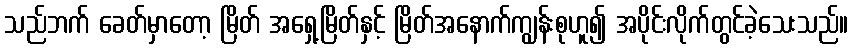
သည်ဘက် ခေတ်မှာတော့ မြိတ် အရှေ့မြိတ်နှင့် မြိတ်အနောက်ကျွန်းစုဟူ၍ အပိုင်းလိုက်တွင်ခဲ့သေးသည်။